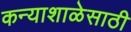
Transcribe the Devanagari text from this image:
कन्याशाळेसाठी